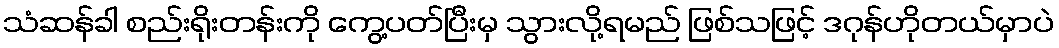
သံဆန်ခါ စည်းရိုးတန်းကို ကွေ့ပတ်ပြီးမှ သွားလို့ရမည် ဖြစ်သဖြင့် ဒဂုန်ဟိုတယ်မှာပဲ